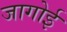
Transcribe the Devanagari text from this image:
जागोई